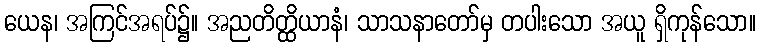
ယေန၊ အကြင်အရပ်၌။ အညတိတ္ထိယာနံ၊ သာသနာတော်မှ တပါးသော အယူ ရှိကုန်သော။